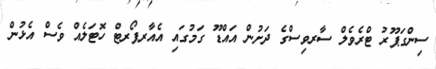
ސިންގަޕޫރު ޓްރެވެލް ސާރވިސްގެ ދަށުން އައްޑޫ ގަމުގައި އެއާރޕޯރޓް ހޮޓަލެއް ވެސް އެޅުން